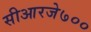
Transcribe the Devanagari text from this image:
सीआरजे७००